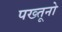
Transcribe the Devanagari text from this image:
पख्तूनो